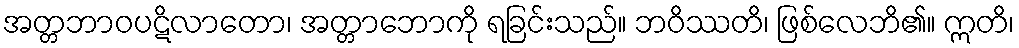
အတ္တဘာဝပဋိလာတော၊ အတ္တာဘောကို ရခြင်းသည်။ ဘဝိဿတိ၊ ဖြစ်လေဘိ၏။ ဣတိ၊